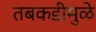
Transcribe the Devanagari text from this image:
तबकडीमुळे